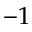
- 1